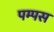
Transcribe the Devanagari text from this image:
पम्पस